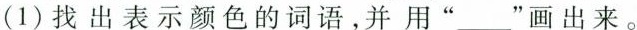
(1)找出表示颜色的词语，并用”___”画出来。